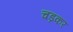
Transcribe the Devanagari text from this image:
चड़कर